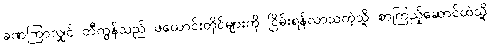
ခဏကြာလျှင် တီကွန်သည် ဖယောင်းတိုင်များကို ငြိမ်းရန်လာသကဲ့သို့ စာကြည့်ဆောင်ထဲသို့